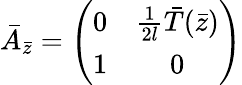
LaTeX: \bar{A}_{\bar{z}}=\left(\begin{array}{cc}{{0}}&{{{\frac{1}{2l}}\bar{T}(\bar{z})}}\\ {{1}}&{{0}}\end{array}\right)